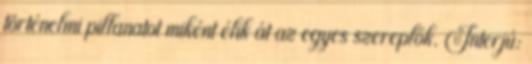
történelmi pillanatot miként élik át az egyes szereplők. Interjú: